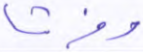
وفرشا